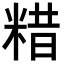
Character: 𥺮